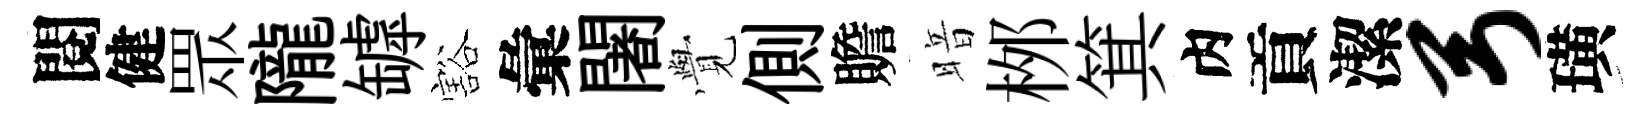
閱健眾隴罅豁彙闍𮗜側贍暗桞箕内貢潔弓璜